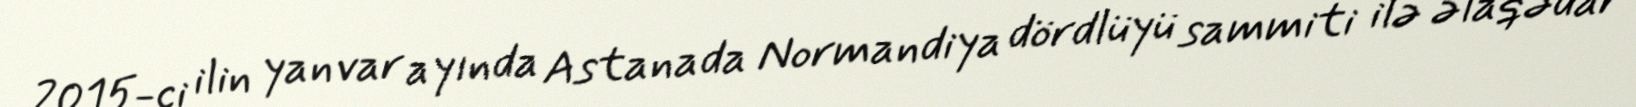
2015-ci ilin yanvar ayında Astanada Normandiya dördlüyü sammiti ilə əlaqədar